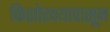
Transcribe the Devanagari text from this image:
किशोरवयापासून